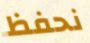
نحفظ